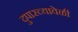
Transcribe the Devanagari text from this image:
दुपारच्यावेळी